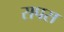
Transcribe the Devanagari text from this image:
सपस